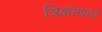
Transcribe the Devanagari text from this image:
त्रिकोणांचे